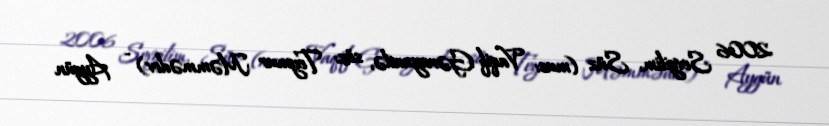
2006 Sevgilim, Süz (mus: Vaqif Gərayzadə, söz: Teymur Məmmədov) - Aygün